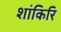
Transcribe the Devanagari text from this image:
शांकिरि